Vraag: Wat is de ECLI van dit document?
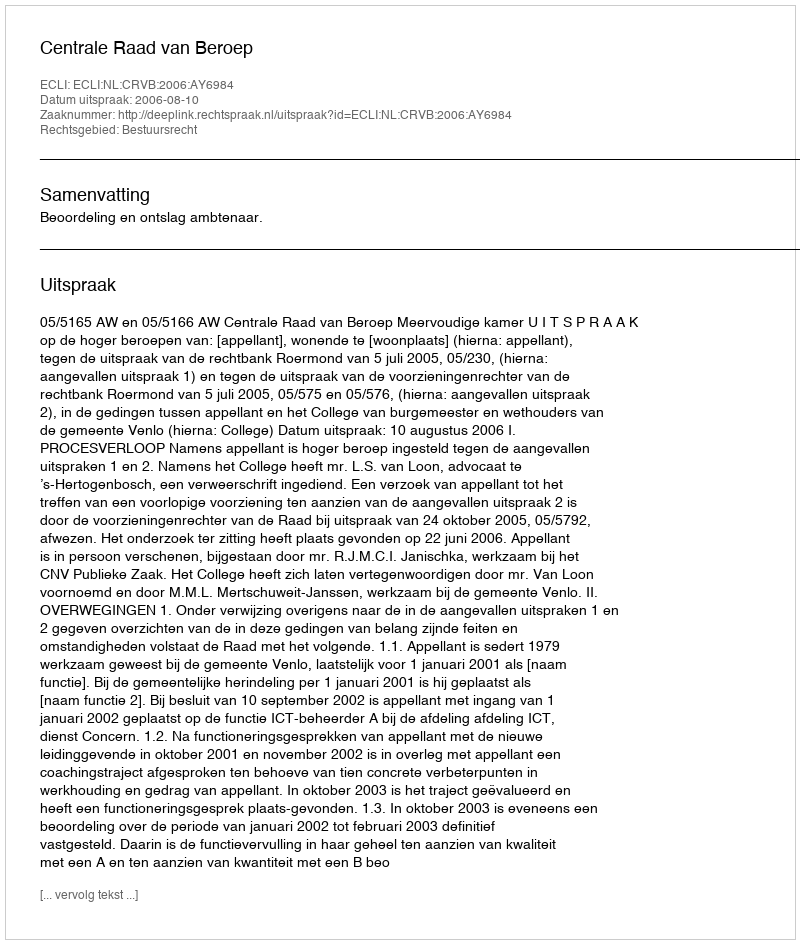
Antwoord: ECLI:NL:CRVB:2006:AY6984